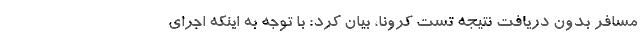
مسافر بدون دریافت نتیجه تست کرونا، بیان کرد: با توجه به اینکه اجرای